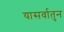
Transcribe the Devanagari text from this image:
यासर्वातुन